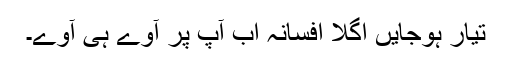
تیار ہوجایں اگلا افسانہ اب آپ پر آوے ہی آوے۔